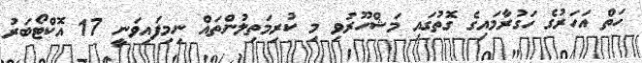
ހަތް އަހަރުގެ ހަގުރާމައިގެ ގޮތުގައި މަޝްހޫރުވި މި ކުރިމަތިލުންތައް ނިމިފައިވަނީ 17 އޮކްޓޯބަރު